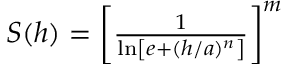
\begin{array} { r } { S ( h ) = \biggl [ \frac { 1 } { \ln \left[ e + ( h / a ) ^ { n } \right] } \biggr ] ^ { m } } \end{array}